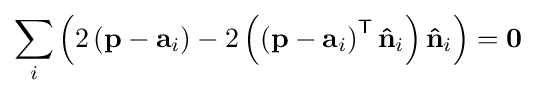
\sum _{i}\left(2\left(\mathbf {p} -\mathbf {a} _{i}\right)-2\left(\left(\mathbf {p} -\mathbf {a} _{i}\right)^{\mathsf {T}}\mathbf {\hat {n}} _{i}\right)\mathbf {\hat {n}} _{i}\right)={\boldsymbol {0}}